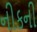
નીકની